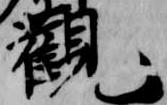
観